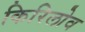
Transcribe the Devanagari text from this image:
किरिलोव